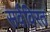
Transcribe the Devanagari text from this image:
सर्वविरत